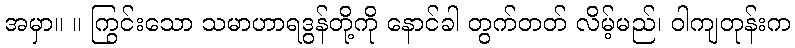
အမှာ။ ။ ကြွင်းသော သမာဟာရဒွန်တို့ကို နောင်ခါ တွက်တတ် လိမ့်မည်၊ ဝါကျတုန်းက